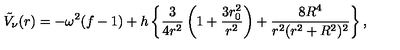
\tilde { V } _ { \nu } ( r ) = - \omega ^ { 2 } ( f - 1 ) + h \left\{ { \frac { 3 } { 4 r ^ { 2 } } } \left( 1 + { \frac { 3 r _ { 0 } ^ { 2 } } { r ^ { 2 } } } \right) + { \frac { 8 R ^ { 4 } } { r ^ { 2 } ( r ^ { 2 } + R ^ { 2 } ) ^ { 2 } } } \right\} ,